Lock hospitals Punjab
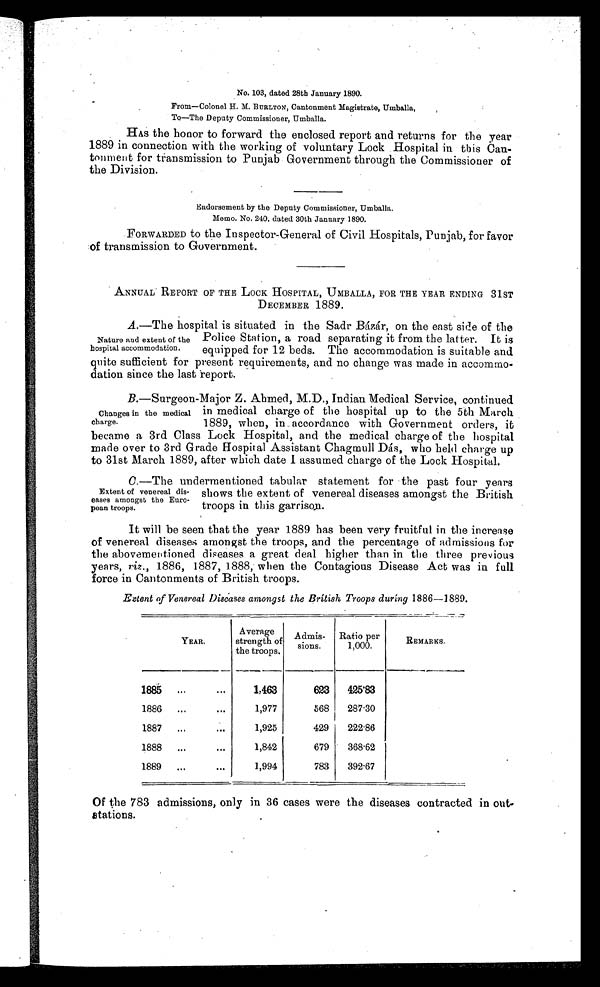
.
No. 103, dated 28th January 1890.
From—Colonel H. M. BURLTON, Cantonment Magistrate, Umballa,
To—The Deputy Commissioner, Umballa.
HAS the honor to forward the enclosed report and returns for the year
1889 in connection with the working of voluntary Lock Hospital in this Can-
tonment for transmission to Punjab Government through the Commissioner of
the Division.
Endorsement by the Deputy Commissioner, Umballa.
Memo. No. 240, dated 30th January 1890.
FORWARDED to the Inspector-General of Civil Hospitals, Punjab, for favor
of transmission to Government.
ANNUAL REPORT OF THE LOCK HOSPITAL, UMBALLA, FOR THE YEAR ENDING 31ST
DECEMBER 1889.
A.—The hospital is situated in the Sadr Bázár, on the east side of the
Police Station, a road separating it from the latter. It is
equipped for 12 beds. The accommodation is suitable and
quite sufficient for present requirements, and no change was made in accommo-
dation since the last report.
B.—Surgeon-Major Z. Ahmed, M.D., Indian Medical Service, continued
in medical charge of the hospital up to the 5th March
1889, when, in accordance with Government orders, it
became a 3rd Class Lock Hospital, and the medical charge of the hospital
made over to 3rd Grade Hospital Assistant Chagmull Dás, who held charge up
to 31st March 1889, after which date I assumed charge of the Lock Hospital.
C.—The undermentioned tabular statement for the past four years
shows the extent of venereal diseases amongst the British
troops in this garrison.
It will be seen that the year 1889 has been very fruitful in the increase
of venereal diseases amongst the troops, and the percentage of admissions for
the abovementioned diseases a great deal higher than in the three previous
years, vig ., 1886, 1887, 1888, when the Contagious Disease Act was in full
force in Cantonments of British troops.
Exlent of Venereal Diseases amongst the British Troops during 1886-1889.
YEAR.
Average
strength of
the troops.
Admis- sions.
Ratio per
1,000.
REMARKS.
1885 . . .
...
1,463
623
425. 83
1886
. . .
. . .
1,977
568
287 . 30
1887
. . .
. . .
1,925
429
222.86
1888
. . .
...
1,842
679
368.62
1889
. . .
...
1,994
783
392.67
Nature and extent of the
hospital accommodation.
Changes in the medical
charge.
Extent of venereal dis-
eases amongst the Euro-
pean troops.
Of the 783 admissions, only in 36 cases were the diseases contracted in
out stations.